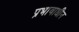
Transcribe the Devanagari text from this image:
प्रभावाधीन